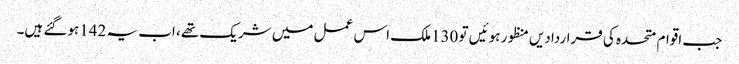
جب اقوام متحدہ کی قراردادیں منظور ہوئیں تو 130ملک اس عمل میں شریک تھے، اب یہ 142ہوگئے ہیں۔